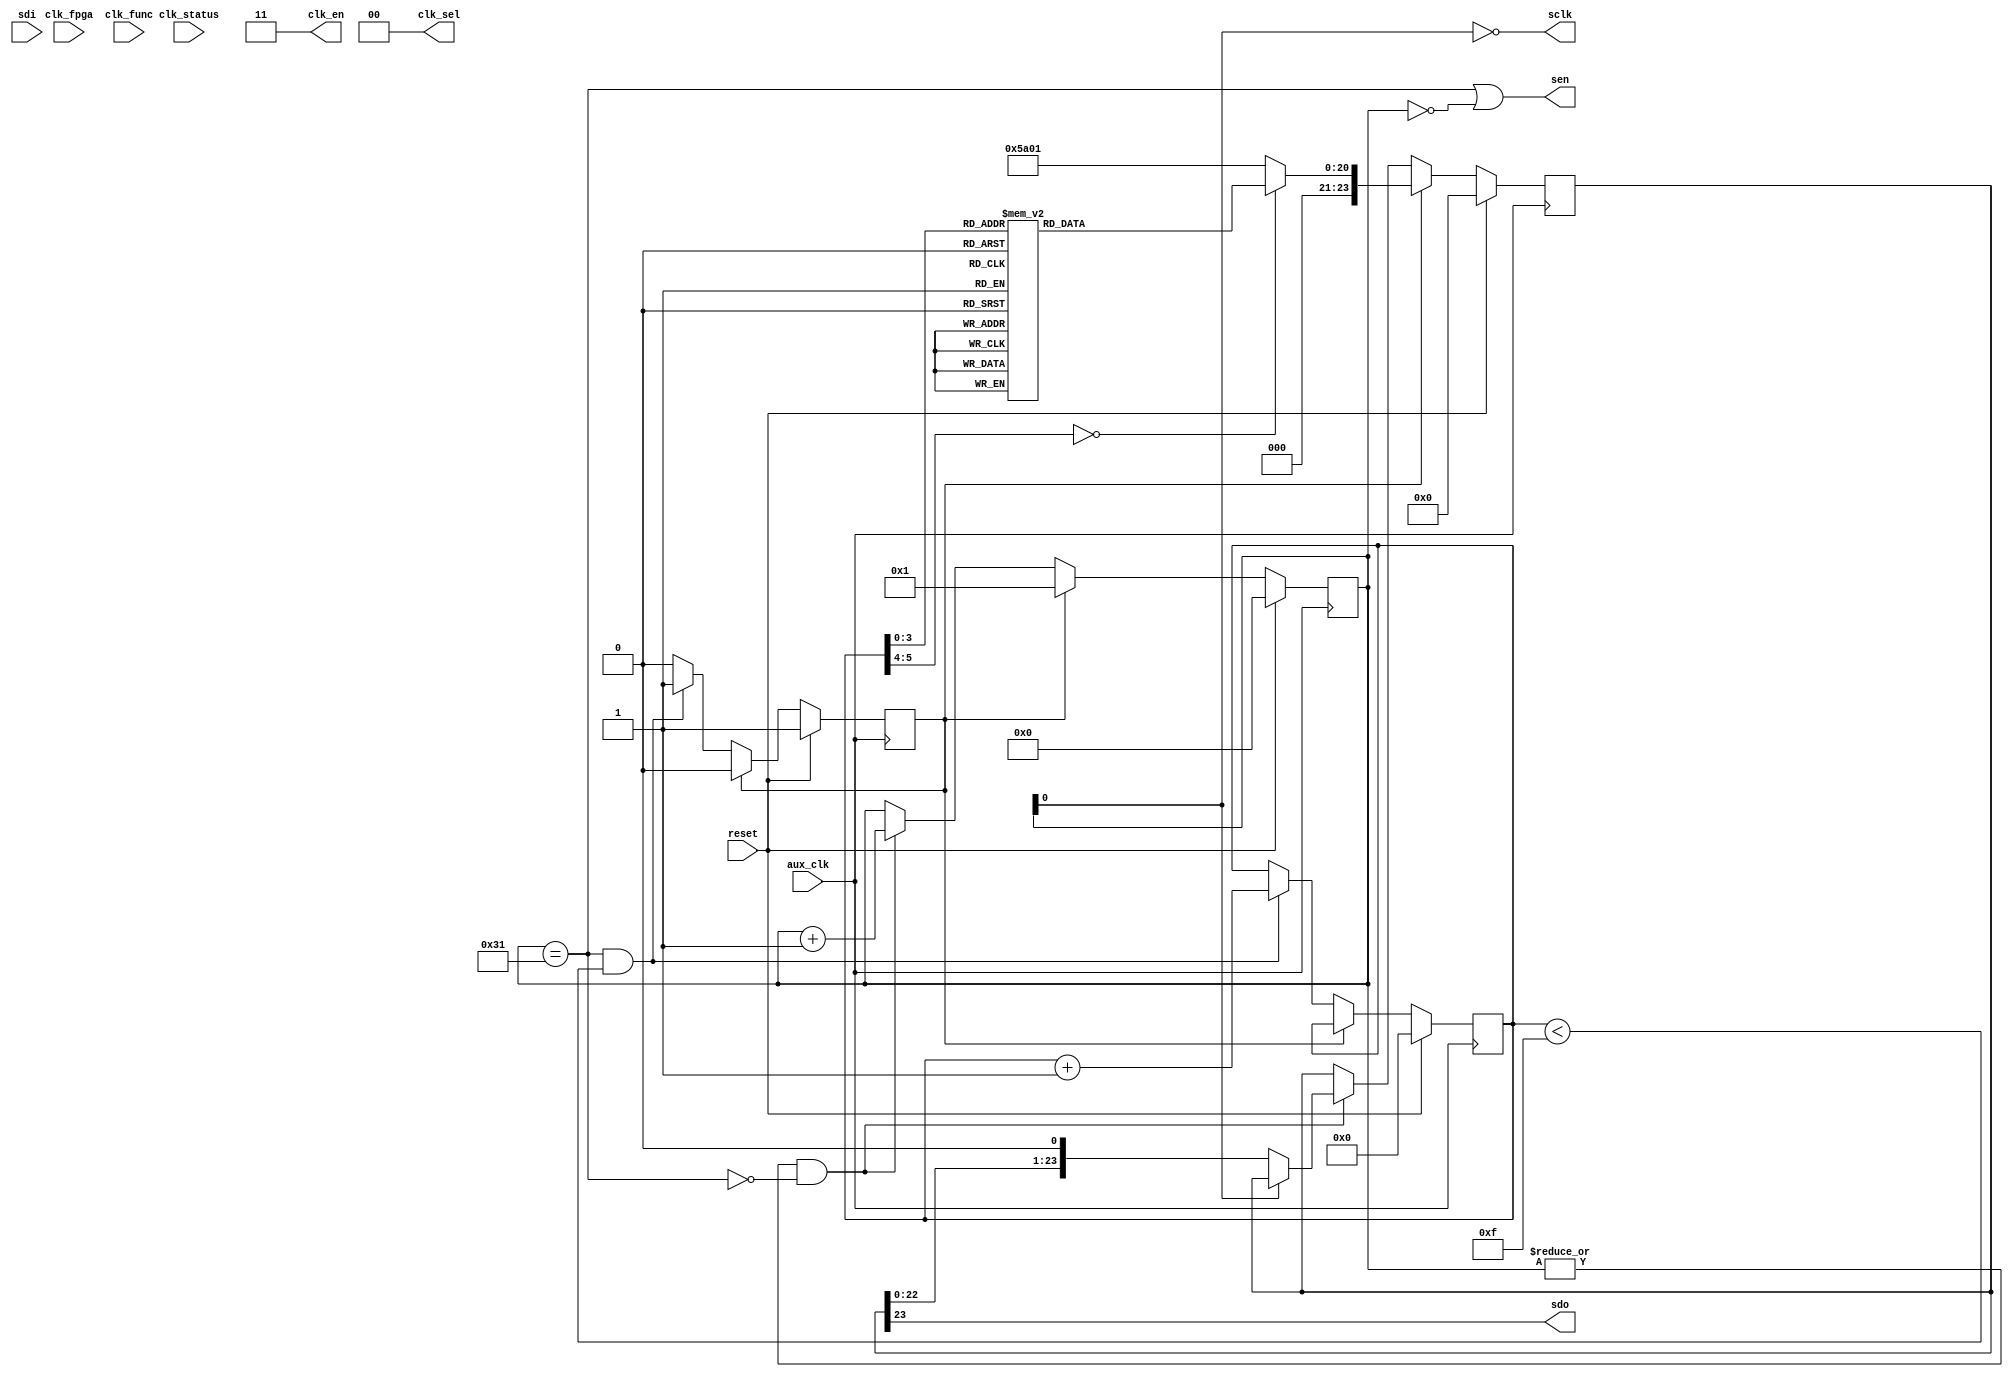
//
// Copyright 2011 Ettus Research LLC
//
// This program is free software: you can redistribute it and/or modify
// it under the terms of the GNU General Public License as published by
// the Free Software Foundation, either version 3 of the License, or
// (at your option) any later version.
//
// This program is distributed in the hope that it will be useful,
// but WITHOUT ANY WARRANTY; without even the implied warranty of
// MERCHANTABILITY or FITNESS FOR A PARTICULAR PURPOSE.  See the
// GNU General Public License for more details.
//
// You should have received a copy of the GNU General Public License
// along with this program.  If not, see <http://www.gnu.org/licenses/>.
//



// AD9510 Register Map (from datasheet Rev. A)

/* INSTRUCTION word format (16 bits)
 * 15       Read = 1, Write = 0
 * 14:13    W1/W0,  Number of bytes 00 - 1, 01 - 2, 10 - 3, 11 - stream
 * 12:0     Address
 */

/* ADDR     Contents             Value (hex)
 * 00       Serial Config Port   10 (def) -- MSB first, SDI/SDO separate
 * 04       A Counter
 * 05-06    B Counter
 * 07-0A    PLL Control
 * 0B-0C    R Divider
 * 0D       PLL Control
 * 34-3A    Fine Delay
 * 3C-3F    LVPECL Outs
 * 40-43    LVDS/CMOS Outs
 * 45       Clock select, power down
 * 48-57    Dividers
 * 58       Func and Sync
 * 5A       Update regs
 */


module clock_control
  (input reset,
   input aux_clk,            // 25MHz, for before fpga clock is active
   input clk_fpga,           // real 100 MHz FPGA clock
   output [1:0] clk_en,      // controls source of reference clock
   output [1:0] clk_sel,     // controls source of reference clock
   input clk_func,          // FIXME needs to be some kind of out SYNC or reset to 9510
   input clk_status,         // Monitor PLL or SYNC status
   
   output sen,        // Enable for the AD9510
   output sclk,       // FIXME these need to be shared
   input sdi,
   output sdo
   );
   
   wire   read = 1'b0;    // Always write for now
   wire [1:0] w = 2'b00;  // Always send 1 byte at a time
   
   assign     clk_sel = 2'b00;  // Both outputs from External Ref (SMA)
   assign     clk_en = 2'b11;   // Both outputs enabled
   
   reg [20:0] addr_data;

   reg [5:0]  entry;
   reg 	      start;
   reg [7:0]  counter;
   reg [23:0] command;
   
   always @*
     case(entry)
       6'd00 : addr_data = {13'h00,8'h10};   // Serial setup
       6'd01 : addr_data = {13'h45,8'h00};   // CLK2 drives distribution, everything on
       6'd02 : addr_data = {13'h3D,8'h80};   // Turn on output 1, normal levels
       6'd03 : addr_data = {13'h4B,8'h80};   // Bypass divider 1 (div by 1)
       6'd04 : addr_data = {13'h08,8'h47};   // POS PFD, Dig LK Det, Charge Pump normal	
       6'd05 : addr_data = {13'h09,8'h70};   // Max Charge Pump current
       6'd06 : addr_data = {13'h0A,8'h04};   // Normal operation, Prescalar Div by 2, PLL On
       6'd07 : addr_data = {13'h0B,8'h00};   // RDIV MSB (6 bits)
       6'd08 : addr_data = {13'h0C,8'h01};   // RDIV LSB (8 bits), Div by 1
       6'd09 : addr_data = {13'h0D,8'h00};   // Everything normal, Dig Lock Det
       6'd10 : addr_data = {13'h07,8'h00};	// Disable LOR detect - LOR causes failure...
       6'd11 : addr_data = {13'h04,8'h00};	// A Counter = Don't Care
       6'd12 : addr_data = {13'h05,8'h00};	// B Counter MSB = 0
       6'd13 : addr_data = {13'h06,8'h05};   // B Counter LSB = 5
       default : addr_data = {13'h5A,8'h01}; // Register Update
     endcase // case(entry)

   wire [5:0]  lastentry = 6'd15;
   wire        done = (counter == 8'd49);
   
   always @(posedge aux_clk)
     if(reset)
       begin
	  entry <= #1 6'd0;
	  start <= #1 1'b1;
       end
     else if(start)
       start <= #1 1'b0;
     else if(done && (entry<lastentry))
       begin
	  entry <= #1 entry + 6'd1;
	  start <= #1 1'b1;
       end
   
   always @(posedge aux_clk)
     if(reset)
       begin
	  counter <= #1 7'd0;
	  command <= #1 20'd0;
       end
     else if(start)
       begin
	  counter <= #1 7'd1;
	  command <= #1 {read,w,addr_data};
       end
     else if( |counter && ~done )
       begin
	  counter <= #1 counter + 7'd1;
	  if(~counter[0])
	    command <= {command[22:0],1'b0};
       end
   
   
   assign sen = (done | counter == 8'd0);  // CSB is high when we're not doing anything
   assign sclk = ~counter[0];
   assign sdo = command[23];
   
endmodule // clock_control